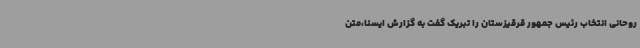
روحانی انتخاب رئیس جمهور قرقیزستان را تبریک گفت به گزارش ایسنا،متن